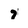
Character: 7